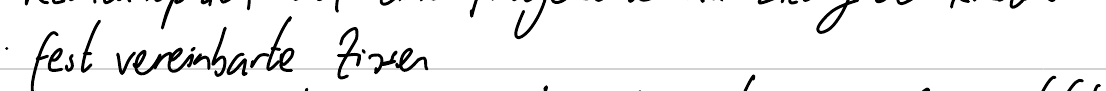
fest vereinbarte Zinsen